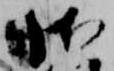
御